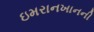
ઇમરાનખાનની